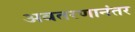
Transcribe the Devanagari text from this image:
अवतरणानंतर